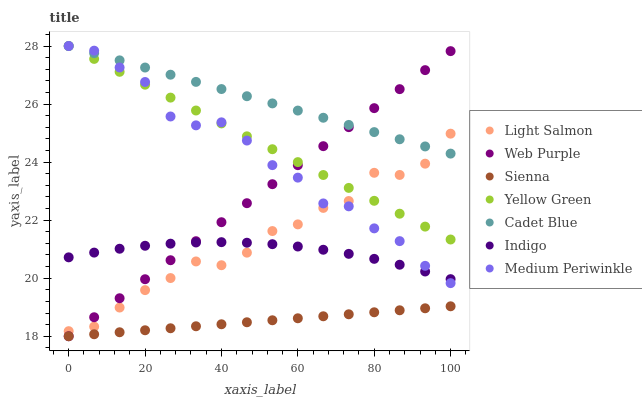
| xaxis_label | Light Salmon | Web Purple | Sienna | Yellow Green | Cadet Blue | Indigo | Medium Periwinkle |
 | --- | --- | --- | --- | --- | --- | --- | --- |
 | 0 | 18.2 | 18 | 18 | 28 | 28 | 20.7 | 28 |
 | 6.67 | 18.3 | 18.7 | 18.1 | 27.6 | 27.8 | 20.9 | 27.8 |
 | 13.3 | 19 | 19.3 | 18.1 | 27.1 | 27.5 | 21 | 27.3 |
 | 20 | 19.6 | 20 | 18.2 | 26.7 | 27.3 | 21.1 | 26.8 |
 | 26.7 | 20 | 20.6 | 18.3 | 26.2 | 27 | 21.2 | 25.6 |
 | 33.3 | 20.6 | 21.3 | 18.3 | 25.8 | 26.8 | 21.2 | 25.3 |
 | 40 | 20.4 | 21.9 | 18.4 | 25.3 | 26.5 | 21.2 | 25.4 |
 | 46.7 | 20.9 | 22.6 | 18.5 | 24.9 | 26.3 | 21.2 | 24.7 |
 | 53.3 | 21.6 | 23.2 | 18.6 | 24.4 | 26 | 21.2 | 23.9 |
 | 60 | 21.9 | 23.9 | 18.6 | 24 | 25.8 | 21.1 | 23.5 |
 | 66.7 | 22.4 | 24.5 | 18.7 | 23.6 | 25.5 | 21 | 22.6 |
 | 73.3 | 22.7 | 25.2 | 18.8 | 23.1 | 25.3 | 20.8 | 22.5 |
 | 80 | 23.6 | 25.9 | 18.8 | 22.7 | 25 | 20.7 | 21.7 |
 | 86.7 | 23.6 | 26.5 | 18.9 | 22.2 | 24.8 | 20.5 | 21.3 |
 | 93.3 | 23.9 | 27.2 | 19 | 21.8 | 24.5 | 20.2 | 20.4 |
 | 100 | 25 | 27.8 | 19 | 21.3 | 24.3 | 20 | 19.8 |